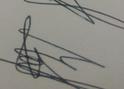
Signature authenticity: genuine